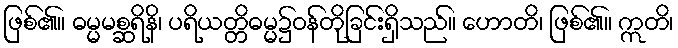
ဖြစ်၏။ ဓမ္မမစ္ဆရိနိ၊ ပရိယတ္တိဓမ္မ၌ဝန်တိုခြင်းရှိသည်။ ဟောတိ၊ ဖြစ်၏။ ဣတိ၊